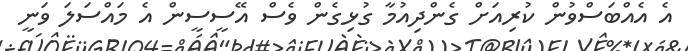
އެ އެއްބަސްވުން ކުރިއަށް ގެންދިއުމާ ގުޅިގެން ވެސް އޭސީސީން އެ މައްސަލަ ވަނީ